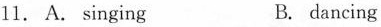
11. A. singing B. dancing